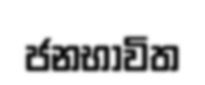
ජනභාවිත